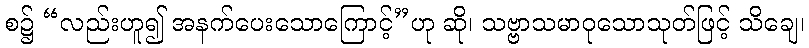
စ၌ “လည်းဟူ၍ အနက်ပေးသောကြောင့်”ဟု ဆို၊ သဗ္ဗာသမာဝုသောသုတ်ဖြင့် သိချေ၊